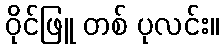
ဝိုင်ဖြူ တစ် ပုလင်း။